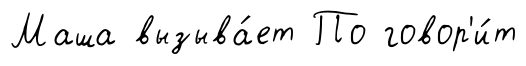
Маша вызыва́ет По говор'и́т